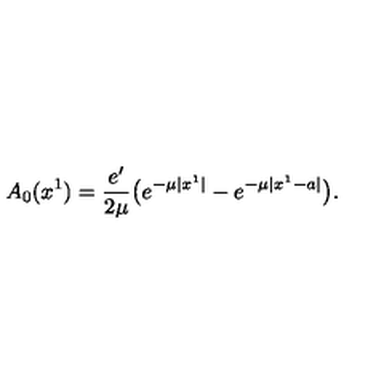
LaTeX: A _ { 0 } ( x ^ { 1 } ) = { \frac { e ^ { \prime } } { 2 \mu } } \big ( e ^ { - \mu | x ^ { 1 } | } - e ^ { - \mu | x ^ { 1 } - a | } \big ) .